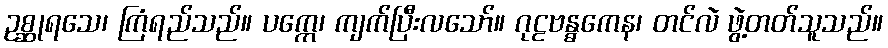
ဥစ္ဆုရသေ၊ ကြံရည်သည်။ ပက္ကေ၊ ကျက်ပြီးလသော်။ ဂုဠဗန္ဓကေန၊ တင်လဲ ဖွဲ့တတ်သူသည်။